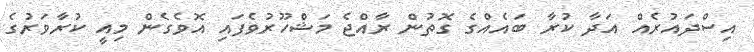
އިސްދައުރެއް އަދާ ކުރާ ބައެއްގެ ގޮތުން ރާއްޖެ މަޝްހޫރުވެފައި އޮވެގެން މިއީ ކުރާވަރުގެ